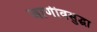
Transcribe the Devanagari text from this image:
जाणीवसुद्धा